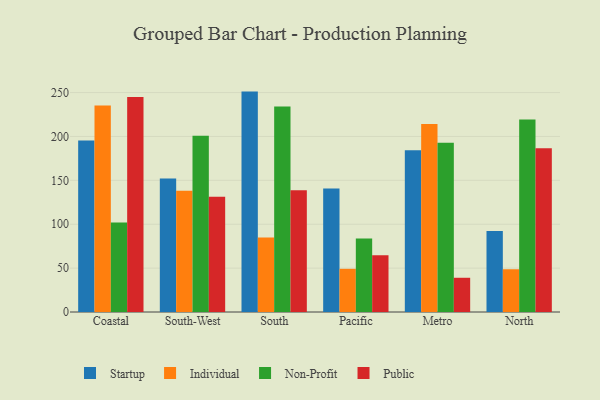
{"axis": {"x": "Region", "y": "LTV (USD)"}, "legend": ["Individual", "Non-Profit", "Public", "Startup"], "data": [{"x": "Coastal", "y": 195.5, "type": "Startup"}, {"x": "Coastal", "y": 235.4, "type": "Individual"}, {"x": "Coastal", "y": 102.0, "type": "Non-Profit"}, {"x": "Coastal", "y": 245.0, "type": "Public"}, {"x": "South-West", "y": 152.0, "type": "Startup"}, {"x": "South-West", "y": 138.1, "type": "Individual"}, {"x": "South-West", "y": 200.7, "type": "Non-Profit"}, {"x": "South-West", "y": 131.4, "type": "Public"}, {"x": "South", "y": 251.1, "type": "Startup"}, {"x": "South", "y": 84.8, "type": "Individual"}, {"x": "South", "y": 234.2, "type": "Non-Profit"}, {"x": "South", "y": 138.7, "type": "Public"}, {"x": "Pacific", "y": 140.7, "type": "Startup"}, {"x": "Pacific", "y": 49.2, "type": "Individual"}, {"x": "Pacific", "y": 83.7, "type": "Non-Profit"}, {"x": "Pacific", "y": 64.7, "type": "Public"}, {"x": "Metro", "y": 184.3, "type": "Startup"}, {"x": "Metro", "y": 214.1, "type": "Individual"}, {"x": "Metro", "y": 192.9, "type": "Non-Profit"}, {"x": "Metro", "y": 39.0, "type": "Public"}, {"x": "North", "y": 92.3, "type": "Startup"}, {"x": "North", "y": 48.7, "type": "Individual"}, {"x": "North", "y": 219.4, "type": "Non-Profit"}, {"x": "North", "y": 186.7, "type": "Public"}]}